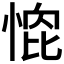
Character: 𭝰